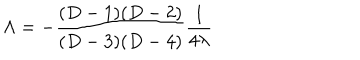
\Lambda = - { \frac { ( D - 1 ) ( D - 2 ) } { ( D - 3 ) ( D - 4 ) } } { \frac { 1 } { 4 \lambda } }